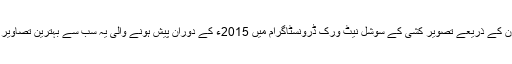
ڈرون کے ذریعے تصویر کشی کے سوشل نیٹ ورک ڈرونسٹاگرام میں 2015ء کے دوران پیش ہونے والی یہ سب سے بہترین تصاویر ہیں۔